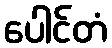
ပေါင်တံ